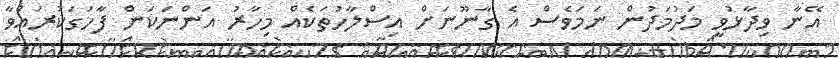
އޭނާ ވިދާޅުވީ މަދުމަދުން ނަމަވެސް އެ ގާނޫނަށް އިސްލާހުތަކެއް މިހާރު އަންނަކަން ފާހަގަކުރައްވާ